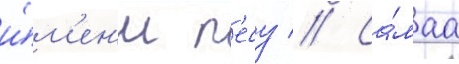
и́м'ен'и п'есу // Са́маа